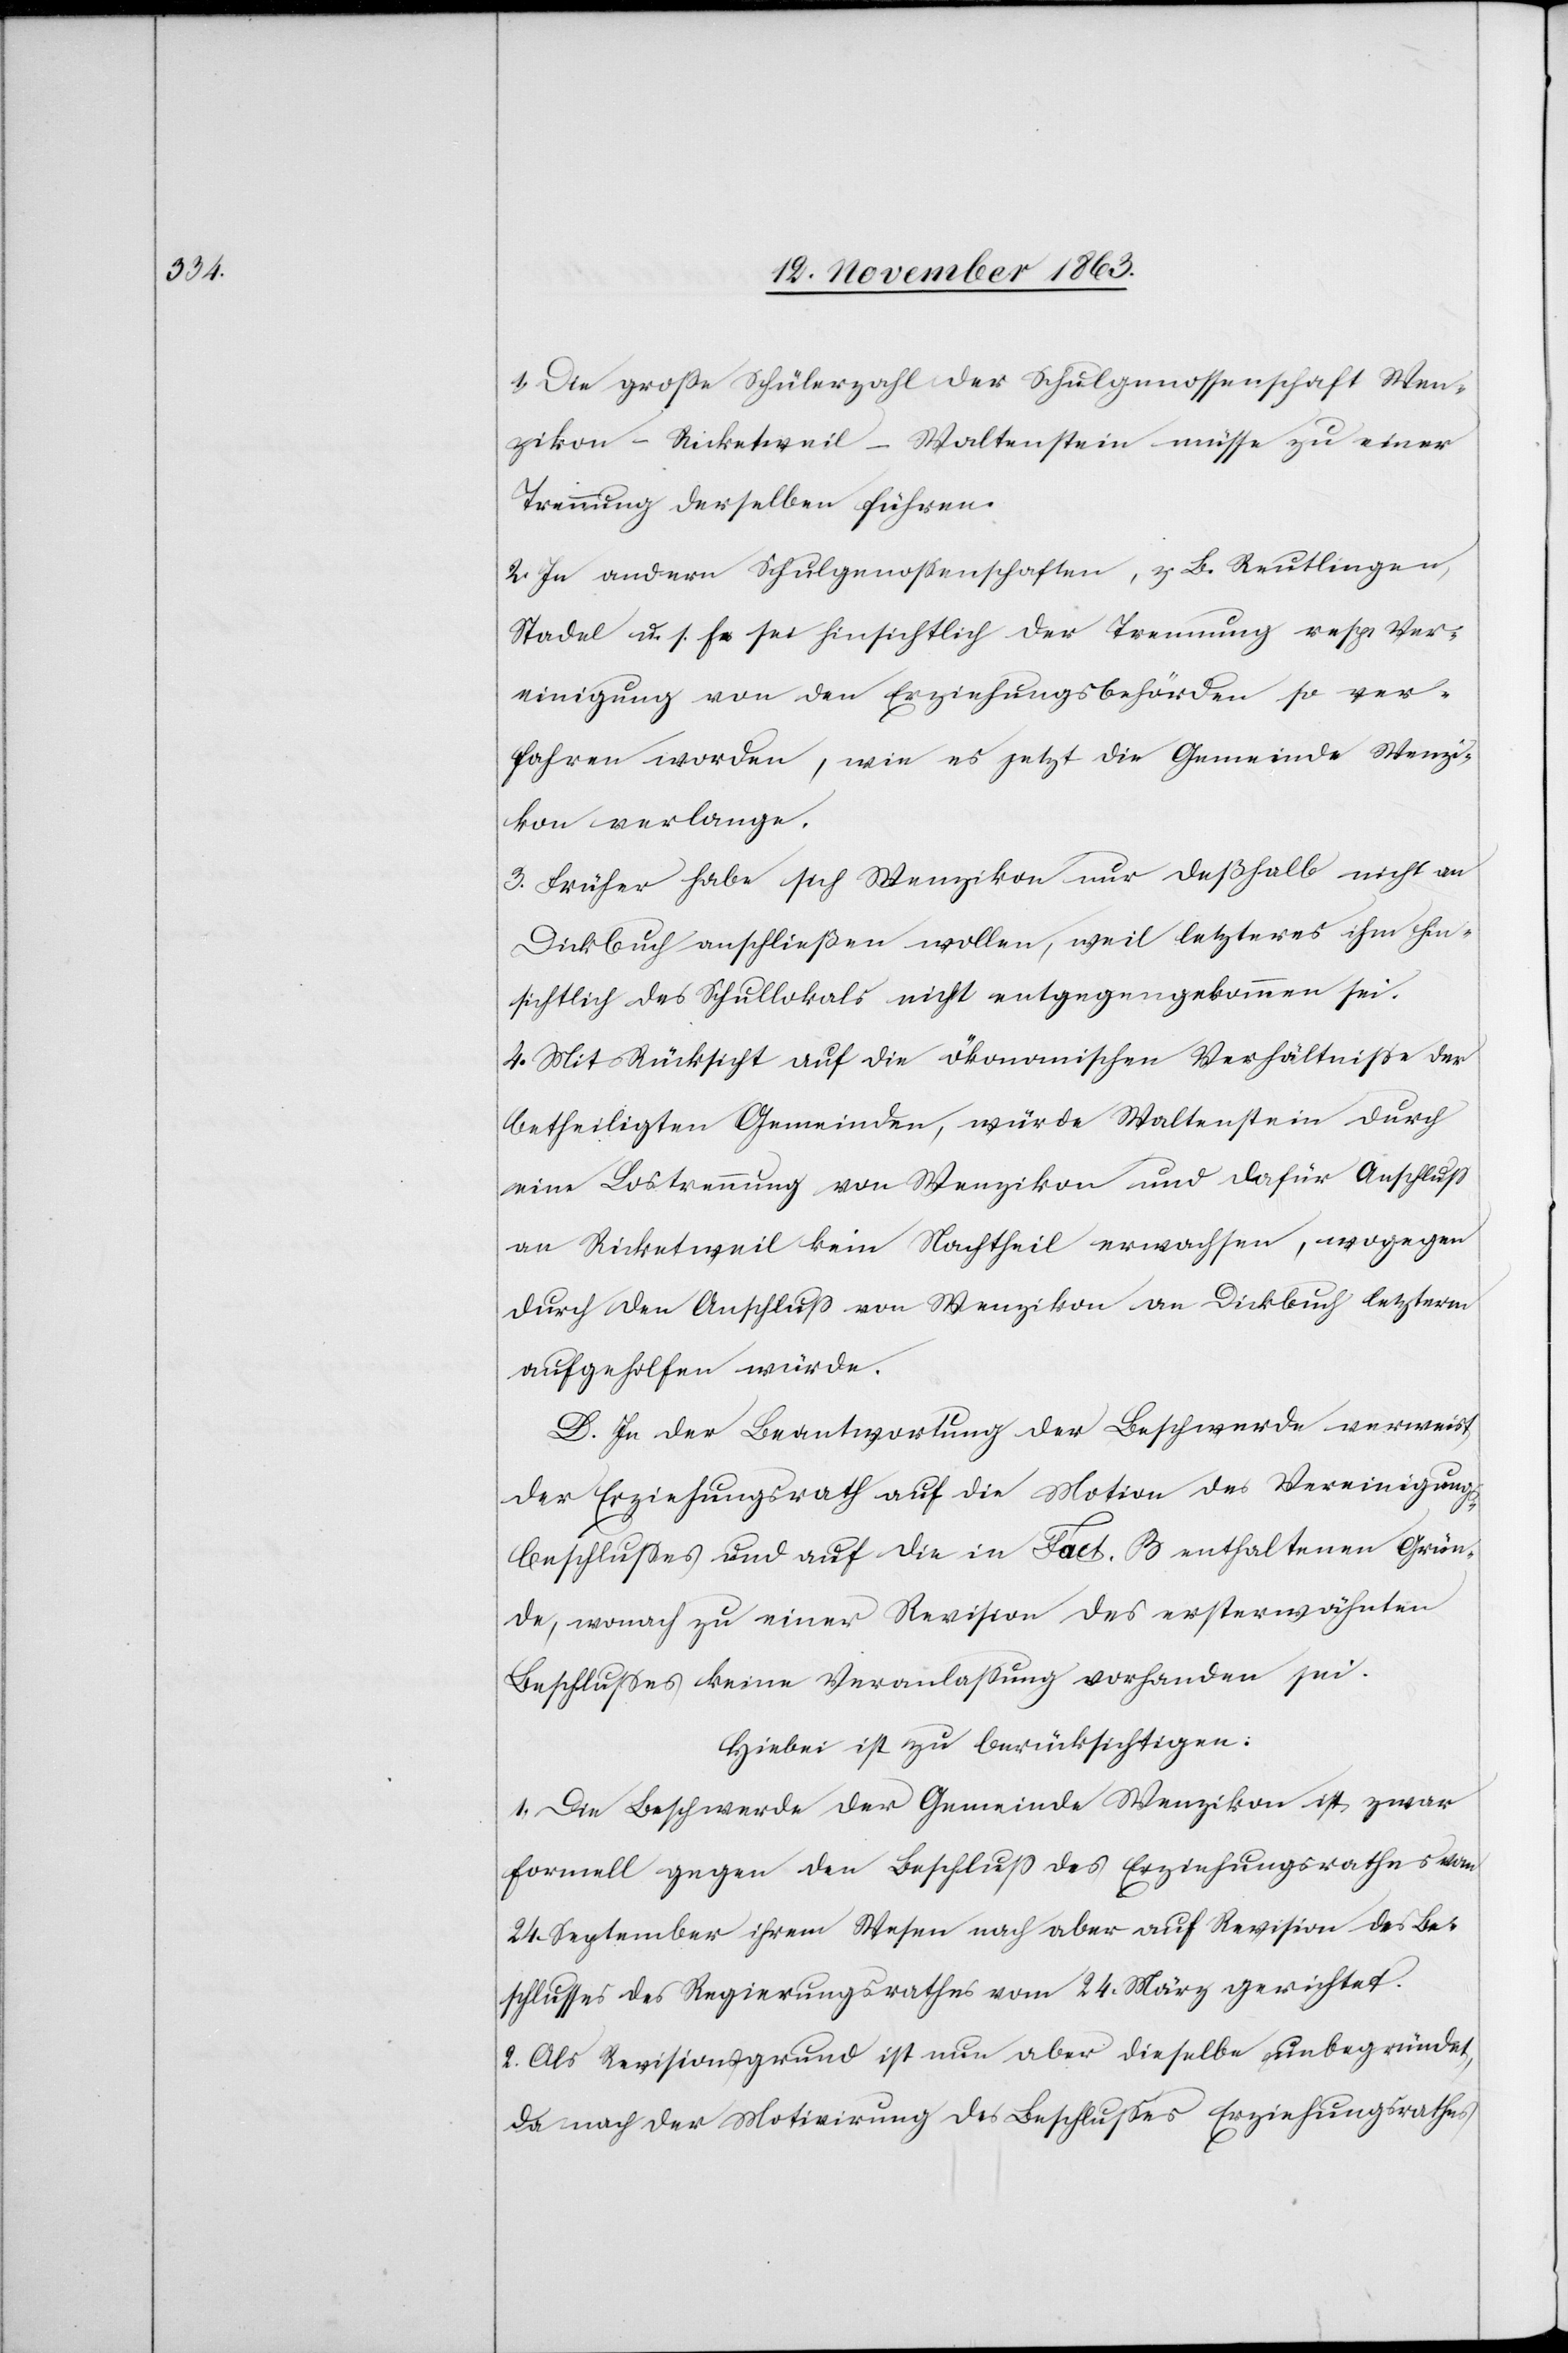
1. Die große Schülerzahl der Schulgenossenschaft Wen¬
zikon-Ricketweil-Waltenstein [sic!] müsse zu einer
Trennung derselben führen.
2. In andern Schulgenossenschaften, z. B. Reutlingen,
Stadel u. s. f. sei hinsichtlich der Trennung resp. Ver¬
einigung von den Erziehungsbehörden so ver¬
fahren worden, wie es jetzt die Gemeinde Wenzi¬
kon verlange.
3. Früher habe sich Wenzikon nur deßhalb nicht an
Dickbuch anschließen wollen, weil letzteres ihm hin¬
sichtlich des Schullokals nicht entgegengekommen sei.
4. Mit Rücksicht auf die ökonomischen Verhältnisse der
betheiligten Gemeinden, würde Waltenstein durch
eine Lostrennung von Wenzikon und dafür Anschluss
an Ricketweil kein Nachtheil erwachsen, wogegen
durch den Anschluss von Wenzikon an Dickbuch letzteren
aufgeholfen würde.
D. In der Beantwortung der Beschwerde verweist
der Erziehungsrath auf die Motion des Vereinigungs¬
beschlusses und auf die in Fact. B enthaltenen Grün¬
de, wonach zu einer Revision des ersterwähnten
Beschlusses keine Veranlassung vorhanden sei.
Hiebei ist zu berücksichtigen:
1. Die Beschwerde der Gemeinde Wenzikon ist zwar
formell gegen den Beschluss des Erziehungsrathes vom
24. September ihrem Wesen nach aber auf Revision des Be¬
schlusses des Regierungsrathes vom 24. März gerichtet.
2. Als Revisionsgrund ist nun aber dieselbe unbegründet,
da nach der Motivirung des Beschlusses [des] Erziehungsrathes